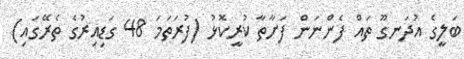
ބަލީގެ އުދަނގޫ ތައް ފެންނަން ފަށާތާ ކުރީކޮޅު (ފުރަތަމަ 48 ގަޑިއިރުގެ ތެރޭގައި)